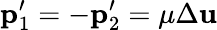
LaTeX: \mathbf{p}_{1}^{\prime}=-\mathbf{p}_{2}^{\prime}=\mu\Delta\mathbf{u}